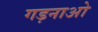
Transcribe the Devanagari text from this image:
गड़नाओ